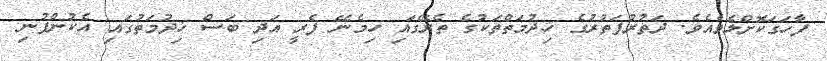
ފާހަގަކޮށްލެވެއެވެ. ދަތުރުފަތުރުގެ ޚިދުމަތްތަކުގެ ތެރޭގައި ހިމެނޭ ފެރީ އަދި ބަސް ޚިދުމަތުގައި އެކުންފުނި